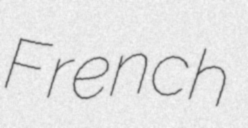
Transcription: French